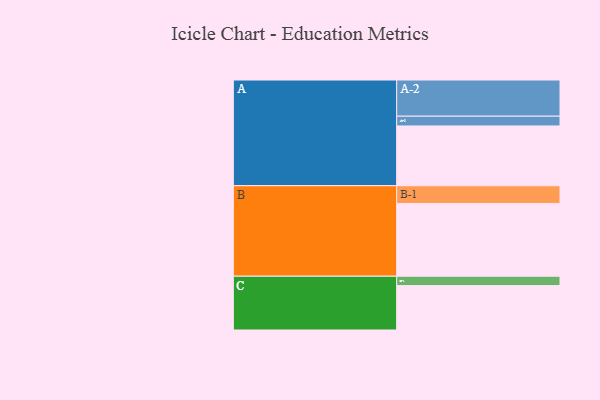
{"axis": {"x": "Segment", "y": "Value"}, "legend": ["", "A", "B", "C"], "data": [{"x": "A", "y": 428, "type": ""}, {"x": "B", "y": 521, "type": ""}, {"x": "C", "y": 318, "type": ""}, {"x": "A-1", "y": 70, "type": "A"}, {"x": "A-2", "y": 259, "type": "A"}, {"x": "B-1", "y": 127, "type": "B"}, {"x": "C-1", "y": 67, "type": "C"}]}